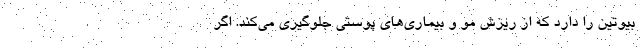
بیوتین را دارد که از ریزش مو و بیماری‌های پوستی جلوگیری می‌کند. اگر